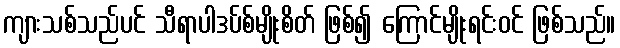
ကျားသစ်သည်ပင် သီရာပါဒပ်စ်မျိုးစိတ် ဖြစ်၍ ကြောင်မျိုးရင်းဝင် ဖြစ်သည်။